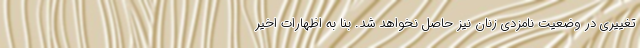
تغییری در وضعیت نامزدی زنان نیز حاصل نخواهد شد. بنا به اظهارات اخیر